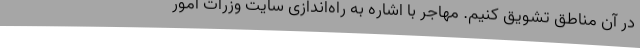
در آن مناطق تشویق کنیم. مهاجر با اشاره به راه‌اندازی سایت وزرات امور